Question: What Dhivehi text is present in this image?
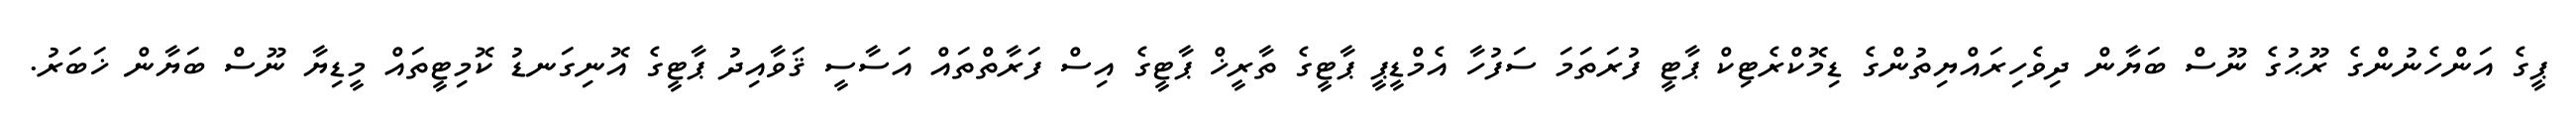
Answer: ޕީގެ އަންހެނުންގެ ރޫޙުގެ ނޫސް ބަޔާން ދިވެހިރައްޔިތުންގެ ޑިމޮކްރެޓިކް ޕާޓީ ފުރަތަމަ ސަފުހާ އެމްޑީޕީ ޕާޓީގެ ތާރީޚް ޕާޓީގެ އިސް ފަރާތްތައް އަސާސީ ޤަވާއިދު ޕާޓީގެ އޮނިގަނޑު ކޮމިޓީތައް މީޑިޔާ ނޫސް ބަޔާން ޚަބަރު.